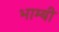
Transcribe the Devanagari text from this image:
भाम्बी